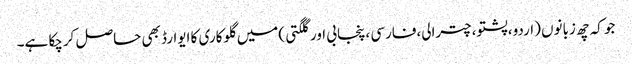
جو کہ چھ زبانوں (اردو،پشتو،چترالی،فارسی ،پنجابی اور گلگتی )میں گلوکاری کا ایوارڈ بھی حاصل کرچکا ہے۔